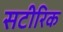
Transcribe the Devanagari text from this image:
सटीरिक